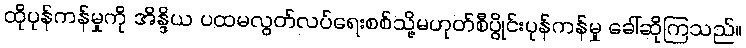
ထိုပုန်ကန်မှုကို အိန္ဒိယ ပထမလွတ်လပ်ရေးစစ်သို့မဟုတ်စီပွိုင်းပုန်ကန်မှု ခေါ်ဆိုကြသည်။